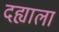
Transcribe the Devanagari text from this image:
दह्याला